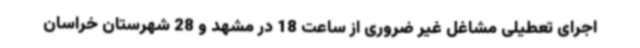
اجرای تعطیلی مشاغل غیر ضروری از ساعت 18 در مشهد و 28 شهرستان خراسان